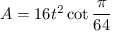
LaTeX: A = 1 6 t ^ { 2 } \cot { \frac { \pi } { 6 4 } }